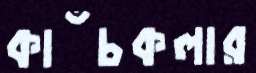
কাঁচকলার